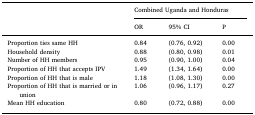
<table><thead><tr><td></td><td colspan="3"><b>Combined Uganda and Honduras</b></td></tr><tr><td></td><td><b>OR</b></td><td><b>95% CI</b></td><td><b>P</b></td></tr></thead><tbody><tr><td>Proportion ties same HH</td><td>0.84</td><td>(0.76, 0.92)</td><td>0.00</td></tr><tr><td>Household density</td><td>0.88</td><td>(0.80, 0.98)</td><td>0.01</td></tr><tr><td>Number of HH members</td><td>0.95</td><td>(0.90, 1.00)</td><td>0.04</td></tr><tr><td>Proportion of HH that accepts IPV</td><td>1.49</td><td>(1.34, 1.64)</td><td>0.00</td></tr><tr><td>Proportion of HH that is male</td><td>1.18</td><td>(1.08, 1.30)</td><td>0.00</td></tr><tr><td>Proportion of HH that is married or in union</td><td>1.06</td><td>(0.96, 1.17)</td><td>0.27</td></tr><tr><td>Mean HH education</td><td>0.80</td><td>(0.72, 0.88)</td><td>0.00</td></tr></tbody></table>